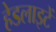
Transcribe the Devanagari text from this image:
हेडलाइटें